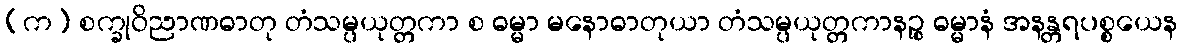
(က) စက္ခုဝိညာဏဓာတု တံသမ္ပယုတ္တကာ စ ဓမ္မာ မနောဓာတုယာ တံသမ္ပယုတ္တကာနဉ္စ ဓမ္မာနံ အနန္တရပစ္စယေန